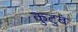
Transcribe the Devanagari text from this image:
कुटुबं